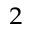
_ 2